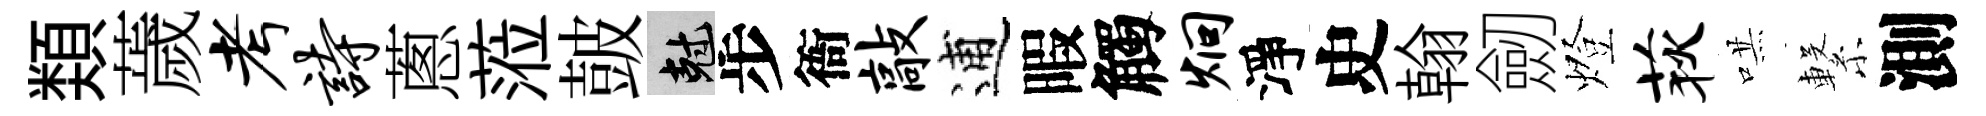
𩔖薉考诗蔥蒞皷剋步衙敲逋暇觸炯淨史翰劒燈荻哄繋測